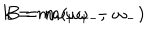
k = m \omega _ { + } \omega _ { - } , \hspace { 1 . 5 c m } B = m ( \omega _ { + } - \omega _ { - } )